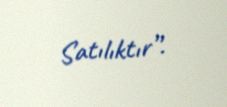
Satılıktır”.